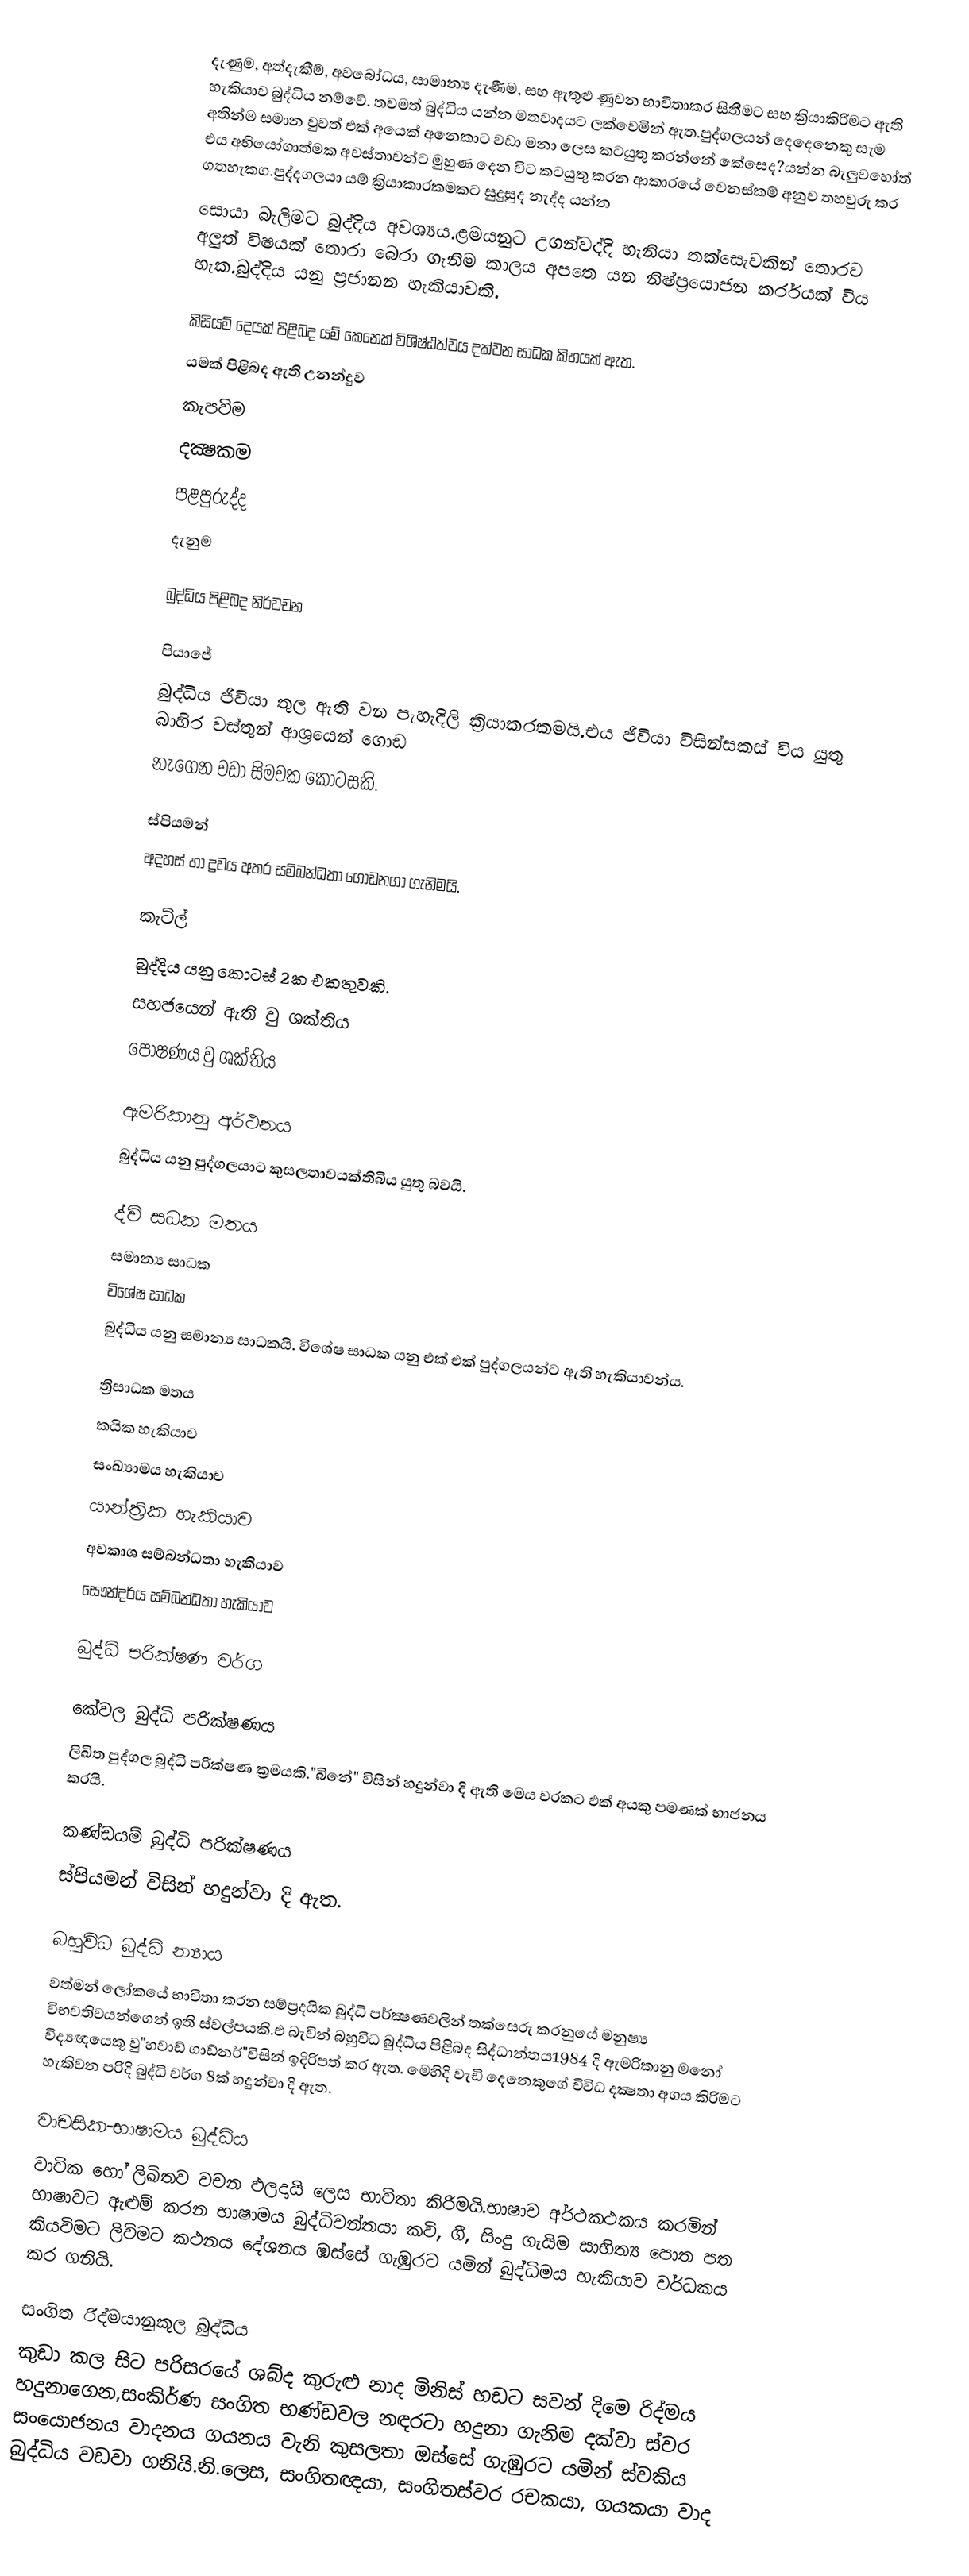
දැණුම, අත්දැකීම්, අවබෝධය, සාමාන්‍ය දැණීම, සහ ඇතුළු ණුවන භාවිතාකර සිතීමට සහ ක්‍රියාකිරීමට ඇති හැකියාව බුද්ධිය නම්වේ. තවමත් බුද්ධිය යන්න මතවාදයට ලක්වෙමින් ඇත.පුද්ගලයන් දෙදෙනෙකු සැම අතින්ම සමාන වුවත් එක් අයෙක් අනෙකාට වඩා මනා ලෙස කටයුතු කරන්නේ කේසෙද?යන්න බැලුවහෝත් එය අභියෝගාත්මක අවස්තාවන්ට මුහුණ දෙන විට කටයුතු කරන ආකාරයේ වෙනස්කම් අනුව තහවුරු කර ගතහැකග.පුද්දගලයා යම් ක්‍රියාකාරකමකට සුදුසුද නැද්ද යන්න
සොයා බැලිමට බුද්දිය අවශ්‍යය.ළමයනුට උගන්වද්දි හැනියා තක්සෙැවකින් තොරව අලුත් විෂයක් තොරා බෙරා ගැනිම කාලය අපතෙ යන නිෂ්ප්‍රයොජන කර්රයක් විය හැක.බුද්දිය යනු ප්‍රජානන හැකියාවකි.

කිසියම් දෙයක් පිළිබද යම් කෙනෙක් විශිෂ්ඨත්වය දක්වන සාධක කිහයක් ඇත.
යමක් පිළිබද ඇති උනන්දුව
කැපවිම
දක්‍ෂකම
පළපුරුද්ද
දැනුම

බුද්ධිය පිළිබද නිර්වචන

පියාජේ
බුද්ධිය ජිවියා තුල ඇති වන පැහැදිලි ක්‍රියාකරකමයි.එය ජිවියා විසින්සකස් විය යුතු බාහිර වස්තුන් ආශ්‍රයෙන් ගොඩ
නැගෙන වඩා සිමවක කොටසකි.

ස්පියමන්
අදහස් හා ද්‍රවය අතර සම්බන්ධතා ගොඩනගා ගැනිමයි.

කැට්ල්
බුද්දිය යනු කොටස් 2ක එකතුවකි.
සහජයෙන් ඇති වු ශක්තිය
පොෂණය වු ශක්තිය

ඇමරිකානු අර්ථනය
බුද්ධිය යනු පුද්ගලයාට කුසලතාවයක්තිබිය යුතු බවයි.

ද්වි සධක මතය
සමාන්‍ය සාධක
විශේෂ සාධක
බුද්ධිය යනු සමාන්‍ය සාධකයි. වි‍ශේෂ සාධක යනු එක් එක් පුද්ගලයන්ට ඇති හැකියාවන්ය.

ත්‍රිසාධක මතය
කයික හැකියාව
සංඛ්‍යාමය හැකියාව
යාන්ත්‍රික හැකියාව
අවකාශ සම්බන්ධතා හැකියාව
සෞන්දර්ය සම්බන්ධතා හැකියාව

බුද්ධි පරික්ෂණ වර්ග

කේවල බුද්ධි පරික්ෂණය
ලිඛිත පුද්ගල බුද්ධි පරික්ෂණ ක්‍රමයකි."බිනේ" විසින් හදුන්වා දි ඇති මෙය වරකට ඵක් අයකු පමණක් භාජනය කරයි.

කණ්ඩයම් බුද්ධි පරික්ෂණය
ස්පියමන් විසින් හදුන්වා දි ඇත.

බහුවිධ බුද්ධි න්‍යාය
වත්මන් ලෝකයේ භාවිතා කරන සම්ප්‍රදයික බුද්ධි පර්ක්‍ෂණවලින් තක්සෙරු කරනුයේ මනුෂ්‍ය විභවතිවයන්ගෙන් ඉති ස්වල්පයකි.එ බැවින් බහුවිධ බුද්ධිය පිළිබද සිද්ධාන්තය1984 දි ඇමරිකානු මනෝ විද්‍යඥයෙකු වු"හවාඩ් ගාඩ්නර්"විසින් ඉදිරිපත් කර ඇත. මෙහිදි වැඩි දෙනෙකුගේ විවිධ දක්‍ෂතා අගය කිරිමට හැකිවන පරිදි බුද්ධි වර්ග 8ක් හදුන්වා දි ඇත.

වාචසික-භාෂාමය බුද්ධිය
වාචික හෝ ලිඛිතව වචන ඵලදායි ලෙස භාවිතා කිරිමයි.භාෂාව අර්ථකථකය කරමින් භාෂාවට ඇළුම් කරන භාෂාමය බුද්ධිවන්තයා කවි, ගී, සිංදු ගැයිම සාහිත්‍ය පොත පත කියවිමට ලිවිමට කථනය දේශනය ඹස්සේ ගැඹුරට යමින් බුද්ධිමය හැකියාව වර්ධකය කර ගනියි.

සංගිත රිද්මයානුකුල බුද්ධිය
කුඩා කල සිට පරිසරයේ ශබ්ද කුරුළු නාද මිනිස් හඩට සවන් දිමෙ රිද්මය හදුනාගෙන,සංකිර්ණ සංගිත භණ්ඩවල නඳරටා හදුනා ගැනිම දක්වා ස්වර සංයොජනය වාදනය ගයනය වැනි කුසලතා ඔස්සේ ගැඹුරට යමින් ස්වකිය බුද්ධිය වඩවා ගනියි.නි.ලෙස, සංගිතඥයා, සංගිතස්වර රචකයා, ගයකයා වාද